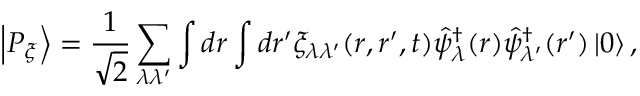
\left| P _ { \xi } \right\rangle = \frac { 1 } { \sqrt { 2 } } \sum _ { \lambda \lambda ^ { \prime } } \int d \boldsymbol { r } \int d \boldsymbol { r } ^ { \prime } \xi _ { \lambda \lambda ^ { \prime } } ( \boldsymbol { r } , \boldsymbol { r } ^ { \prime } , t ) \hat { \psi } _ { \lambda } ^ { \dagger } ( \boldsymbol { r } ) \hat { \psi } _ { \lambda ^ { \prime } } ^ { \dagger } ( \boldsymbol { r } ^ { \prime } ) \left| 0 \right\rangle ,